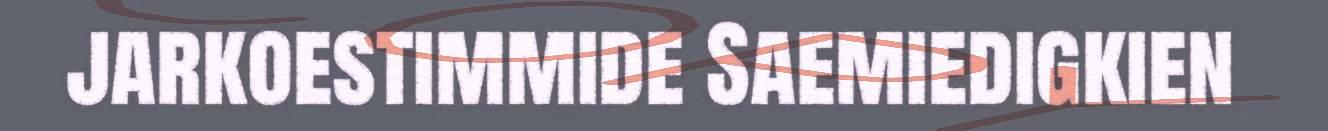
jarkoestimmide Saemiedigkien